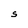
Character: S